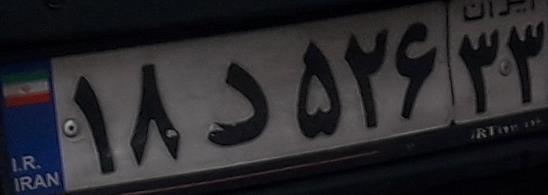
۱۸د۵۲۶۳۳